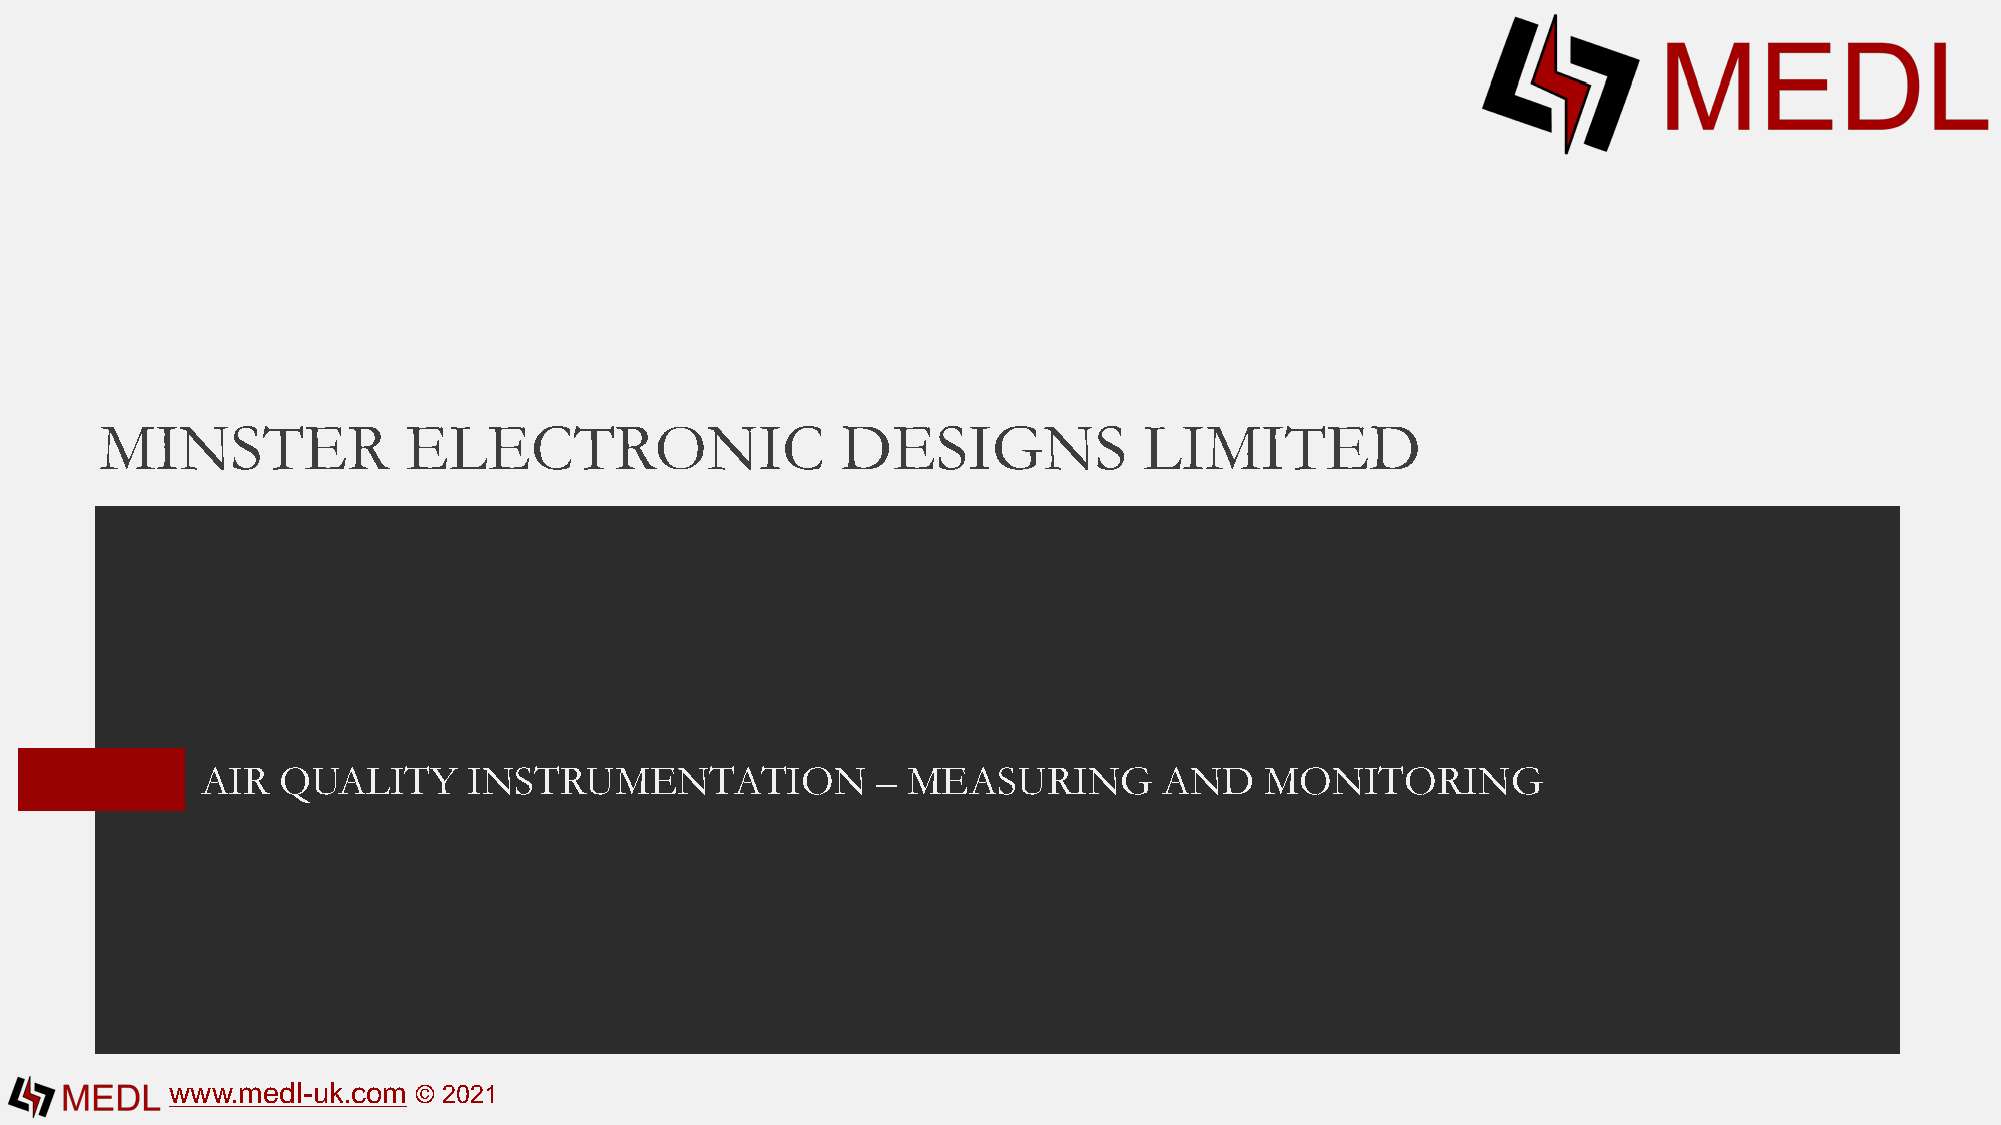
MINSTER             ELECTRONIC                   DESIGNS             LIMITED
 AIR   QUALITY     INSTRUMENTATION            – MEASURING        AND    MONITORING
 www.medl-uk.com © 2021